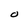
Character: O